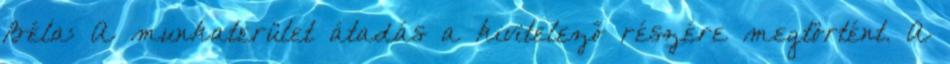
Béla: A munkaterület átadás a kivitelező részére megtörtént. A